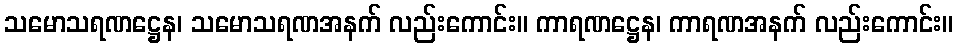
သမောသရဏဋ္ဌေန၊ သမောသရဏအနက် လည်းကောင်း။ ကာရဏဋ္ဌေန၊ ကာရဏအနက် လည်းကောင်း။